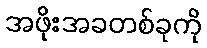
အဖိုးအခတစ်ခုကို